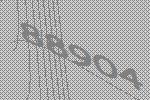
88904